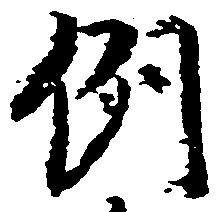
例